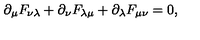
\partial _ { \mu } F _ { \nu \lambda } + \partial _ { \nu } F _ { \lambda \mu } + \partial _ { \lambda } F _ { \mu \nu } = 0 ,